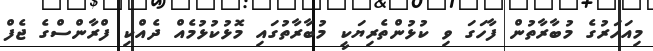
މިއަހަރުގެ މުބާރާތުން ފާހަގަ ވި ކުޅުންތެރިޔަކީ މުބާރާތުގައި މޮޅުކުޅުމެއް ދެއްކި ފްރާންސްގެ ޖެފް